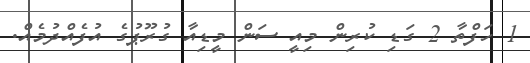
1 ހަފްތާ 2 ގަޑި ކުރިން މިއީ ސަން މީޑިއާ ގުރޫޕުގެ އުފެއްދުމެއް.